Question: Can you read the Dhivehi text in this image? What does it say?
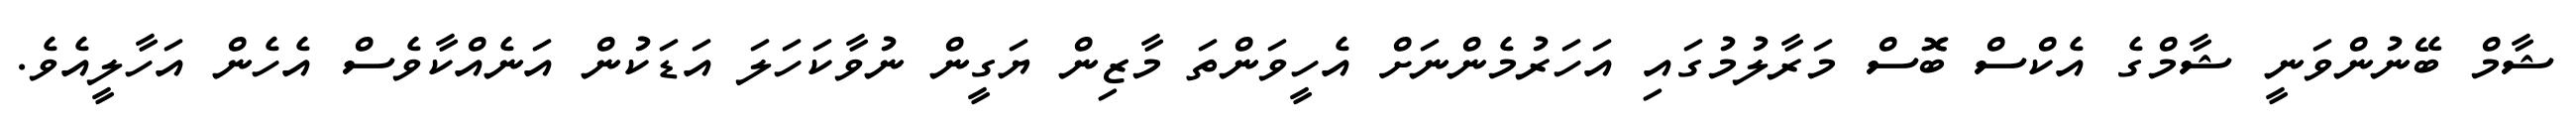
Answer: ޝާމް ބޭނުންވަނީ ޝާމްގެ އެކްސް ބޮސް މަރާލުމުގައި އަހަރުމެންނަށް އެހީވަންތަ މާޒިން ޔަގީން ނުވާކަހަލަ އަޑަކުން އަނެއްކާވެސް އެހެން އަހާލީއެވެ.